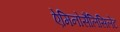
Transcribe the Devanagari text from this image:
ऐमिनोसैलिसिलेट